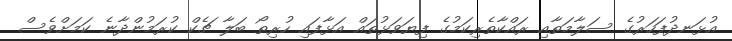
އުޅަނދުފަހަރުގެ ސަލާމަތާއި ރައްކާތެރިކަމުގެ ފިޔަވަޅުތައް އަޅާފައި ހުރިތޯ ބަލާ ޗެކް ކުރަމުންދާނެ ކަމަށްވެސް